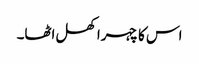
اس کا چہرا کھل اٹھا۔